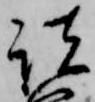
諸